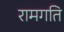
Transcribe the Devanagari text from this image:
रामगति